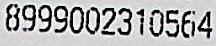
8999002310564